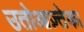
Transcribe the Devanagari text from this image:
उतोआज़्तेका